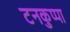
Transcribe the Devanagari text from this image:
टनकुप्पा